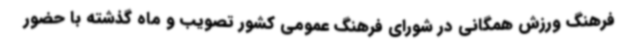
فرهنگ ورزش همگانی در شورای فرهنگ عمومی کشور تصویب و ماه گذشته با حضور